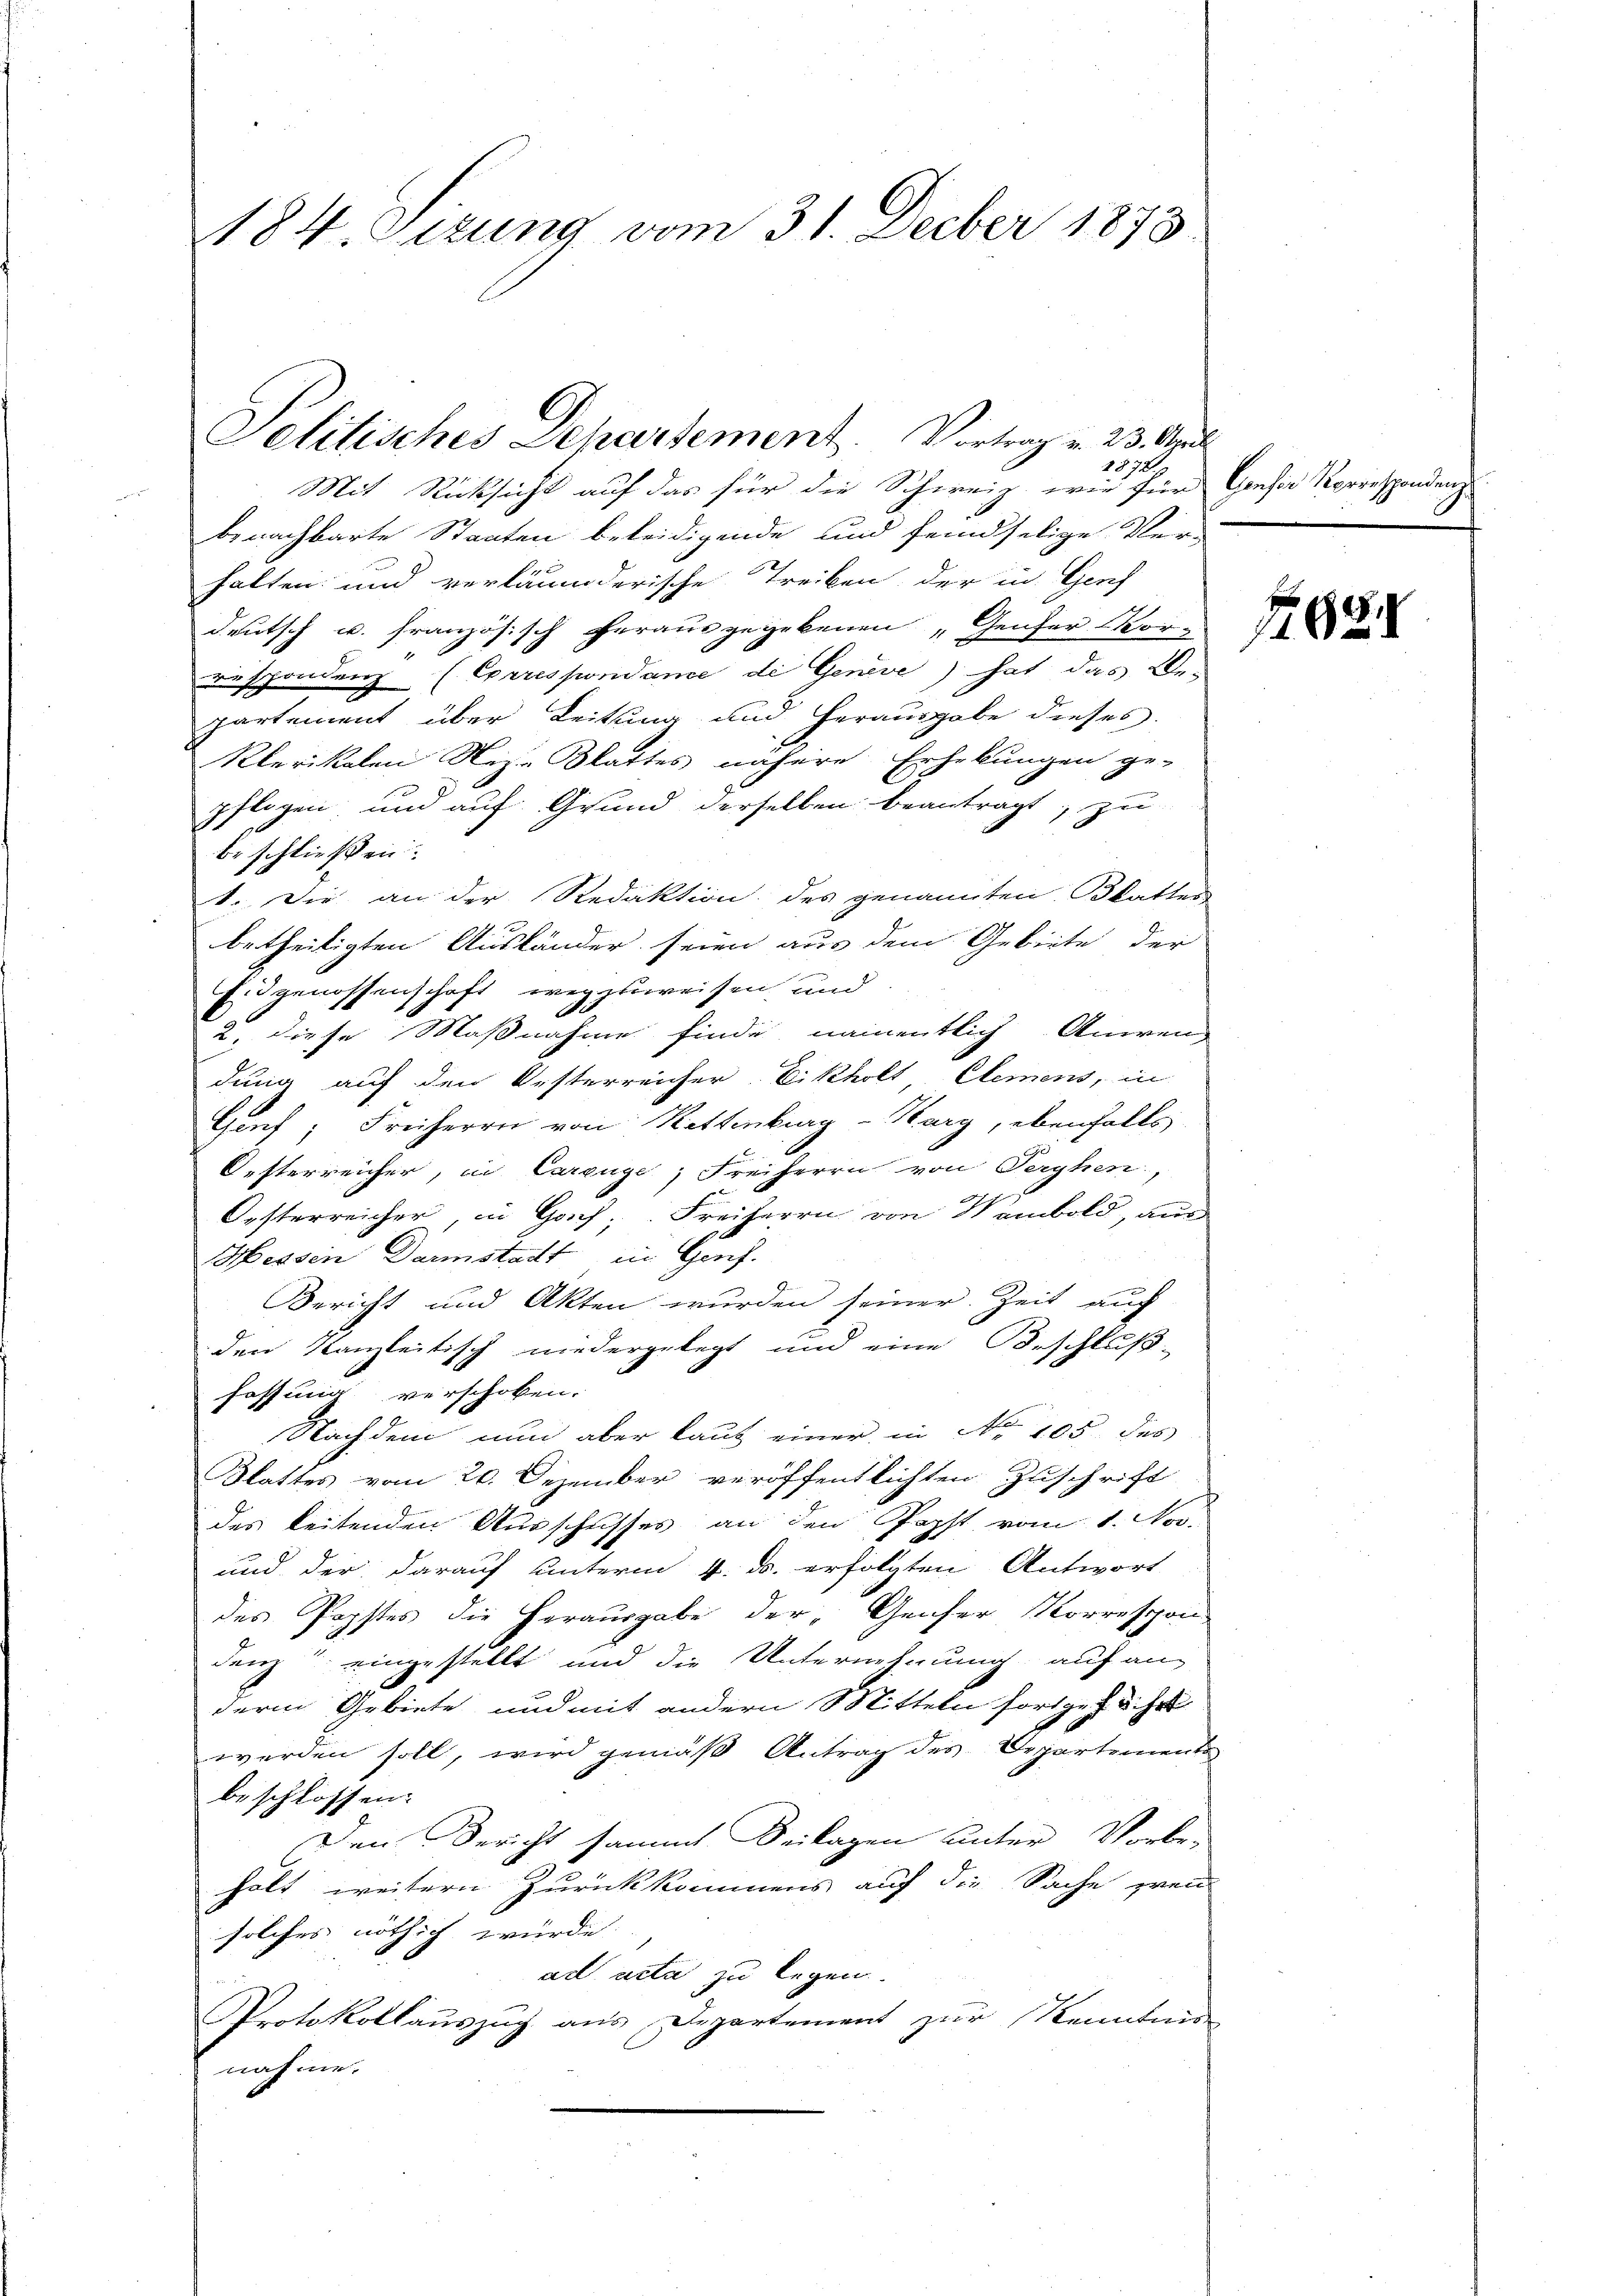
184 Sizung vom 31. Decber 1873

2870
Mit Rücksicht auf das für die Schweiz, wie für Gausir Korrespondenz
benachbarte Staaten beleidigende und feindselige Ver-
halten und verläumderische Treiben, der in Genf
deutsch u. französisch herausgegebenen „Genfer Vor-
respondenz (Eprrespondance de Genève) hat das Be-
partement über Leitung und herausgabe dieses
Klerikalen Nize Blattes nähere Erhebungen ge-
u
pflogen und auf Grund derselben beantragt, zu
beschließen:
1. Die an der Redaktion des genannten Blatter
betheiligten Ausländer seien aus dem Gebiete der
Eidgenossenschaft wegzuweisen und
2. diese Maßnahme finde, namentlich Aniren,
dung auf den Oesterreicher Eikholt Clemens, in
Genf; Freiherrn von Kettenburg-Karg, ebenfalls
Oesterreicher, in Carenge Freiherrn von Terghen,
Oesterreicher in Gos, Freiherrn von Nambold, am
Hessen Darmstadt in Genf.
Bericht und Akten wurden seiner Zeit auf
den kanzleitisch niedergelegt und eine Beschluß-
fassung verschoben.
Nachdem nun aber laut einer in No 105 des
Blattes vom 20. Dezember veröffentlichten Zuschrift
des leitenden Ausschusses an den Popst vom 1. Nov.
und der darauf unterm 4. ds. erfolgten Antwort
des Popstes die Herausgabe der Genfer Korrespon
denz eingestellt und die Unternehmung auf an-
derm Gebiete und mit andern Mitteln fortges. u. hat
werden soll, wird gemäß Antrag des Departements
beschlossen:
Den Bericht sammt Beilagen unter Vorbe-
holt weitern Zurückkommens auf die Sache zwei
solches nöthig würde. |
ad acta zu legen.
Protokollauszug aus Departement zur Kenntnis
nahme.

Selitisches Dehartement. Vortrag v. 23. April

Nr 681